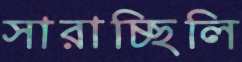
সারাচ্ছিলি